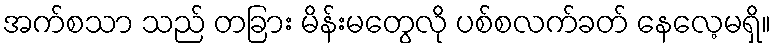
အက်စသာ သည် တခြား မိန်းမတွေလို ပစ်စလက်ခတ် နေလေ့မရှိ။